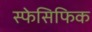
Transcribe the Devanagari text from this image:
स्फेसिफिक